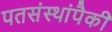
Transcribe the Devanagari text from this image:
पतसंस्थांपैकी